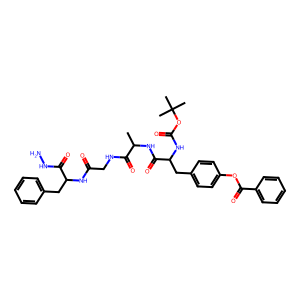
SMILES: CC(NC(=O)C(Cc1ccc(OC(=O)c2ccccc2)cc1)NC(=O)OC(C)(C)C)C(=O)NCC(=O)NC(Cc1ccccc1)C(=O)NN
Inhibits HIV replication: No